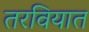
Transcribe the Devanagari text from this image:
तरवियात